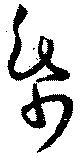
帋